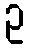
ဥ